Annual administration and progress report of the Indian Medical Department, Bombay
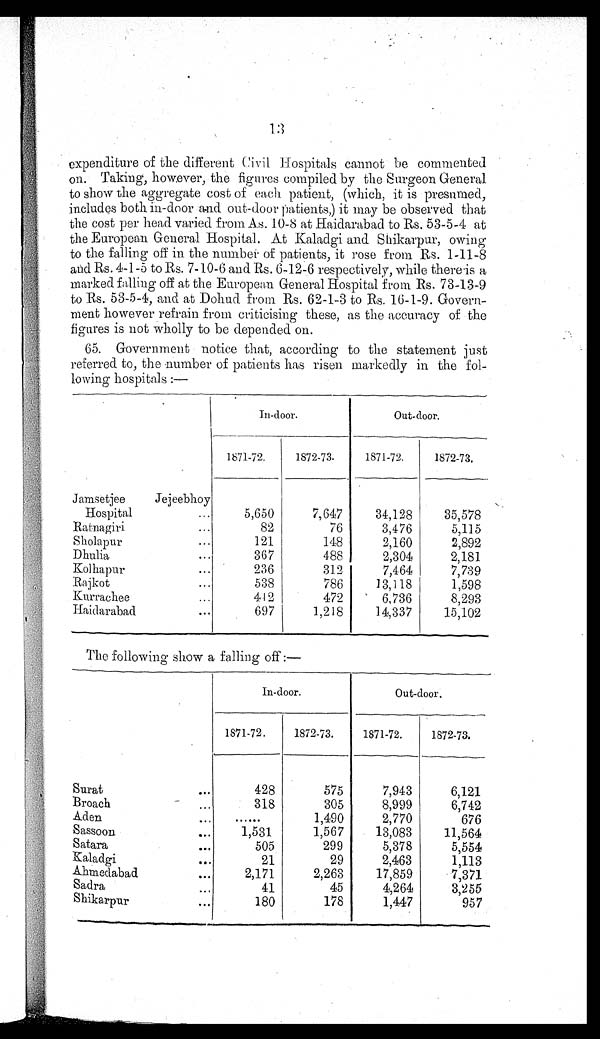
13
expenditure of the different Civil Hospitals cannot be commented
on. Taking, however, the figures compiled by the Surgeon General
to show the aggregate cost of each patient, (which, it is presumed,
includes both in-door and out-door patients,) it may be observed that
the cost per head varied from As. 10- 8 at Haidarabad to Rs. 53-5-4 at
the European General Hospital. At Kaladgi and Shikarpur, owing
to the falling off in the number of patients, it rose from Rs. 1-11-8
and Rs. 4-1-5 to Rs. 7-10-6 and Rs. 6-12-6 respectively, while there is a
marked falling off at the European General Hospital from Rs. 73-13-9
to Rs. 53-5-4, and at Dohud from Rs. 62-1-3 to Rs. 16-1-9. Govern-
ment however refrain from criticising these, as the accuracy of the
figures is not wholly to be depended on.
65. Government notice that, according to the statement just
referred to, the number of patients has risen markedly in the fol-
lowing hospitals :—
ln-door.
Out-door.
1871-72.
1872-73.
1871-72.
1872-73.
Jamsetjee
Jejeebhoy
Hospital...
7,647
34,128
35,578
Ratnagiri...
76
3,476
5,115
Sholapur...
121
148
2,160
2,892
Dhulia...
367
488
2,304
2,181
Kol hapur...
2 3 6
312
7,464
7 , 7 3 9
Rajkot...
538
786
13,118
1,598
Kurrachee...
412
472
6,736
8,293
Haidarabad
...
697
1,218
14,337
15,102
The following show a falling off :—
In-door.
Out-door.
1871-72.
1872-73.
1871-72.
1872-73.
Surat
-
428
575
7,943
6,121
Broach...
318
305
8,999
6,742
Aden
...
......
1,490
2,770
676
Sasso on.
. ..
1,531
1,567
13,083
11,564
Satara
. . .
505
299
5,378
5,554
Kaladgi
. . .
21
29
2,463
1,113
Ahmedabad
2,171
2,263
17,859
7,371
Sadra
...
41
45
4,264
3,255
Shikarpur
...
180
178
1,447
957